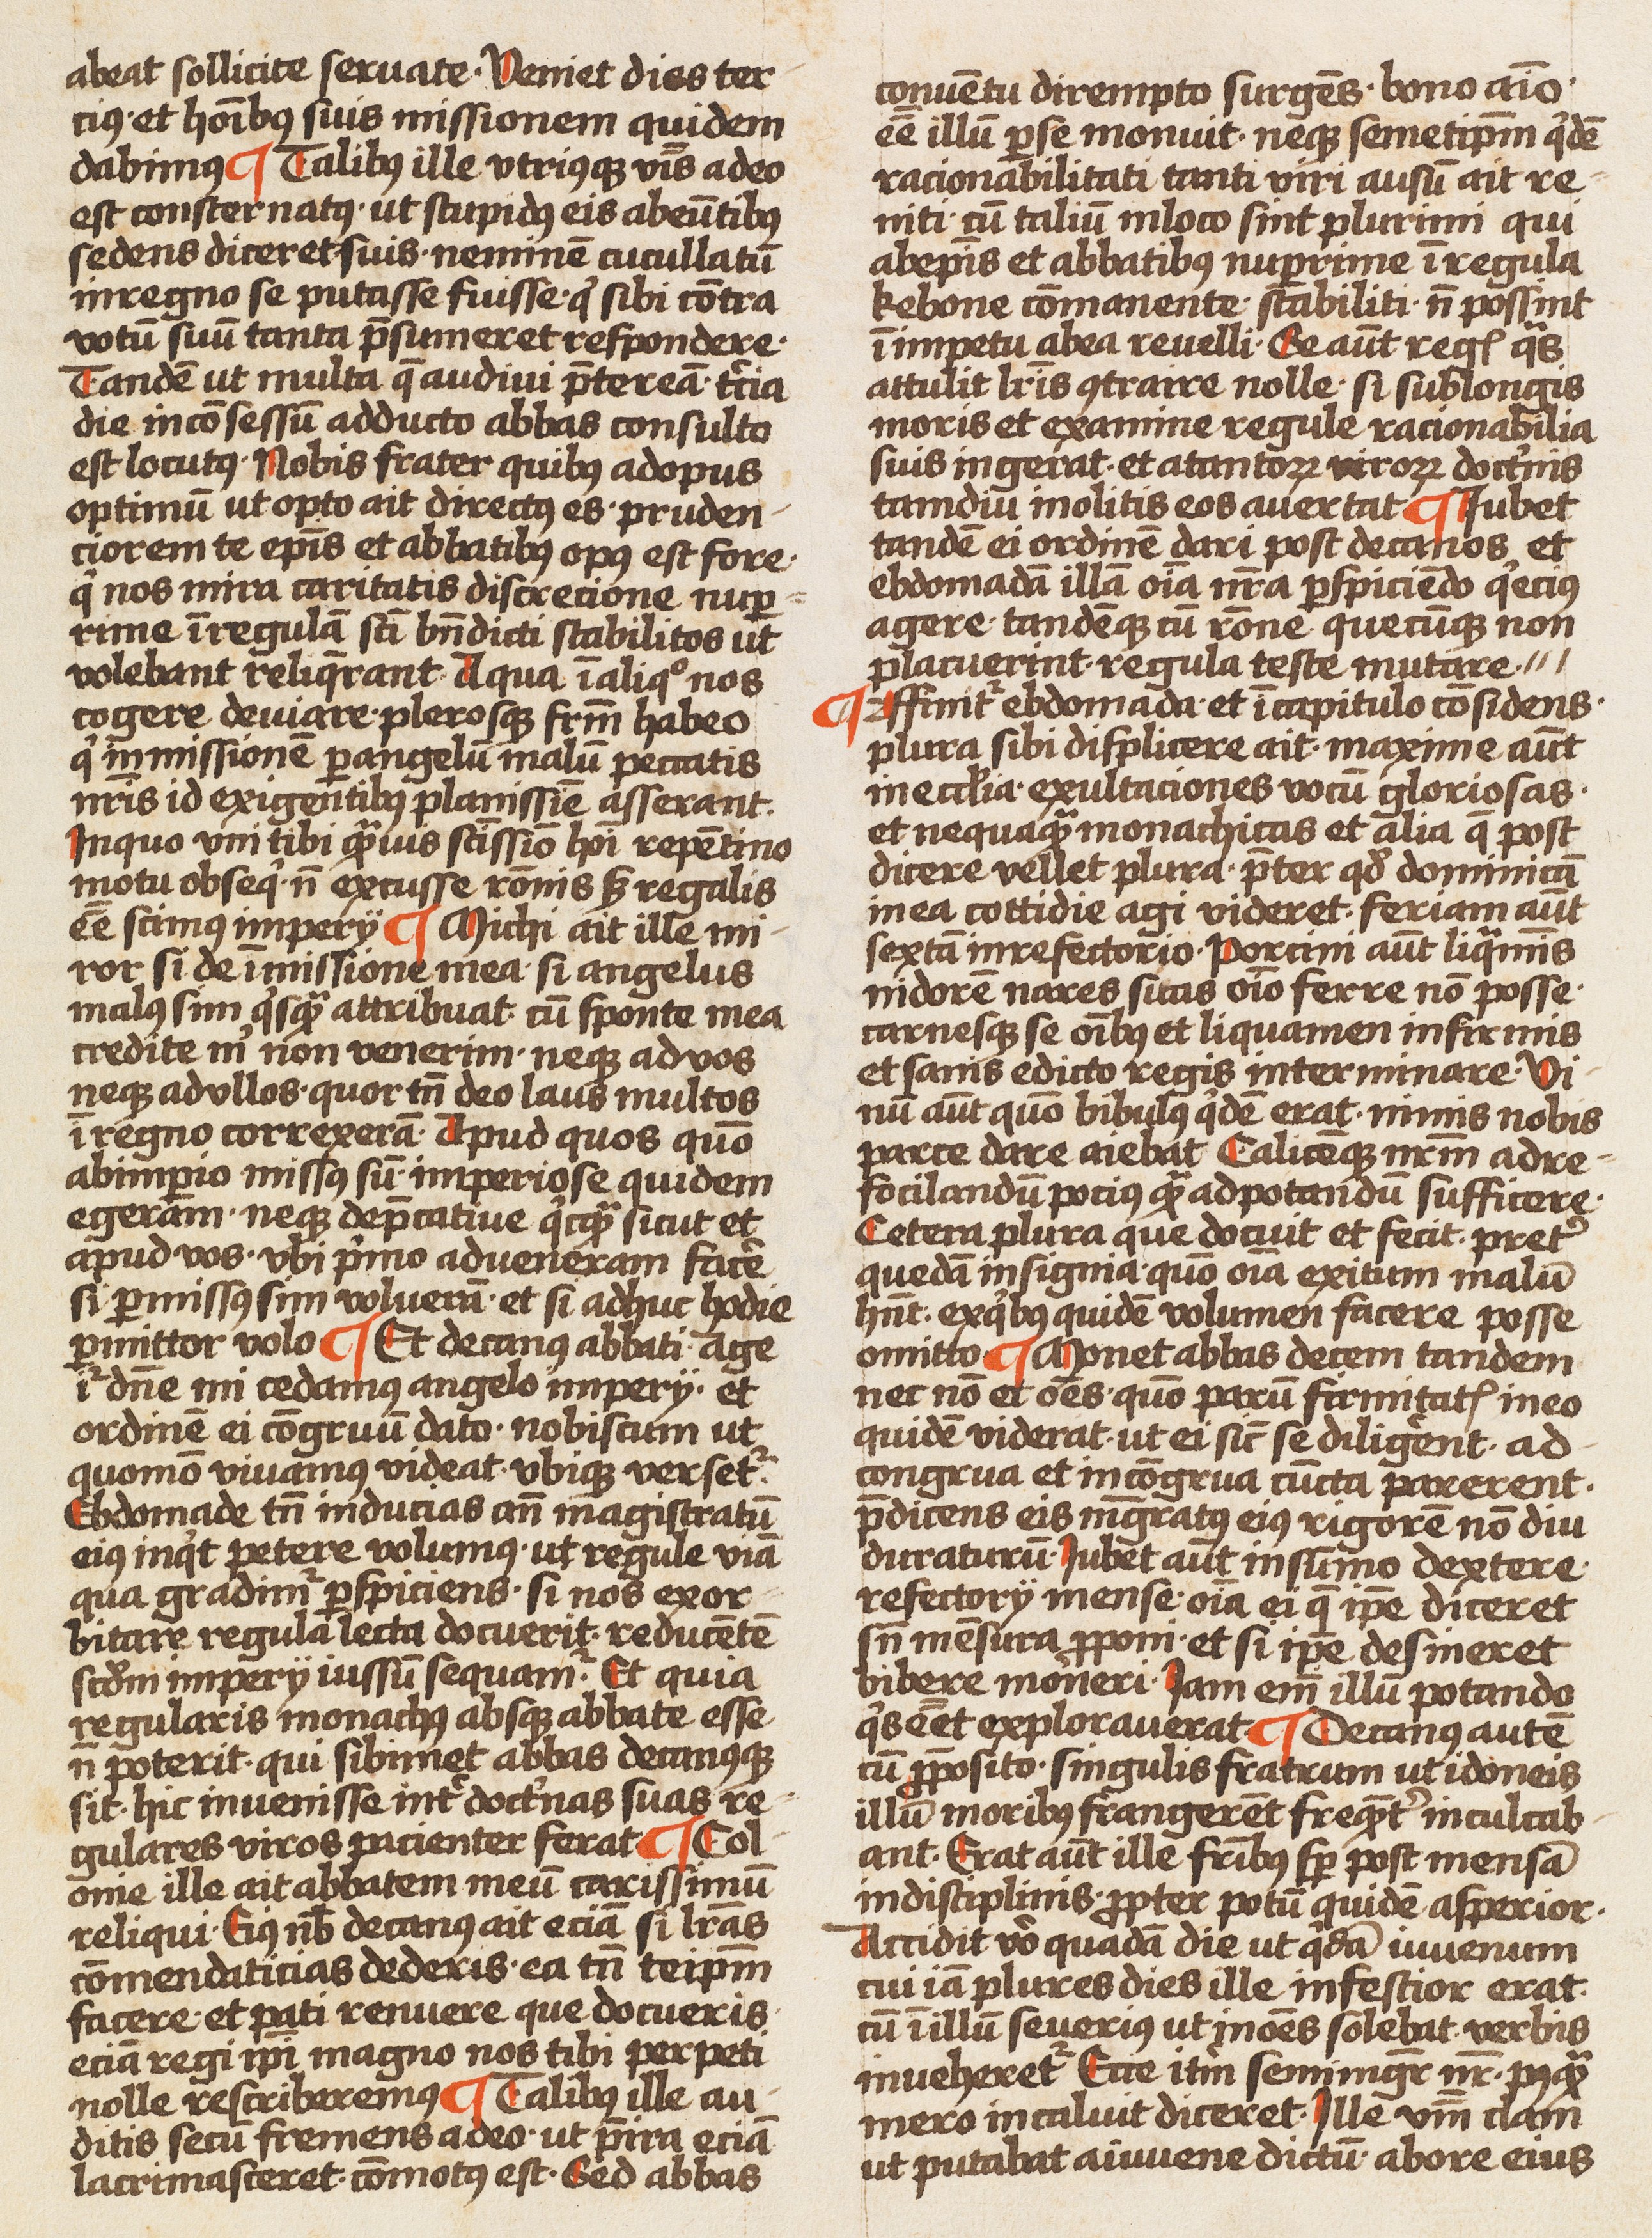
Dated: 1450–1499